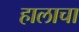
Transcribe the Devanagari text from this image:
हालाचा